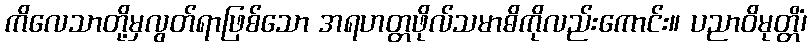
ကိလေသာတို့မှလွတ်ရာဖြစ်သော အရဟတ္တဖိုလ်သမာဓိကိုလည်းကောင်း။ ပညာဝိမုတ္တိံ၊